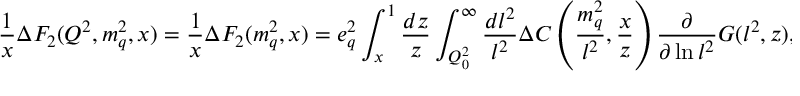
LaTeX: \frac { 1 } { x } \Delta F _ { 2 } ( Q ^ { 2 } , m _ { q } ^ { 2 } , x ) = \frac { 1 } { x } \Delta F _ { 2 } ( m _ { q } ^ { 2 } , x ) = e _ { q } ^ { 2 } \int _ { x } ^ { 1 } \frac { d z } { z } \int _ { Q _ { 0 } ^ { 2 } } ^ { \infty } \frac { d l ^ { 2 } } { l ^ { 2 } } \Delta C \left( \frac { m _ { q } ^ { 2 } } { l ^ { 2 } } , \frac { x } { z } \right) \frac { \partial } { \partial \ln l ^ { 2 } } G ( l ^ { 2 } , z ) ,